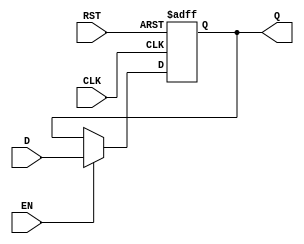
module StoreRegister (
    input wire [N-1:0] D,     // Data input
    input wire CLK,           // Clock signal
    input wire EN,            // Enable signal
    input wire RST,           // Asynchronous reset signal
    output reg [N-1:0] Q      // Data output
);
    parameter N = 8;          // Width of the register (can be modified)

    // Asynchronous reset and capturing logic
    always @(posedge CLK or posedge RST) begin
        if (RST) begin
            Q <= 0;           // Reset the register to 0
        end else if (EN) begin
            Q <= D;           // Capture the input data on CLK edge if EN is high
        end
        // If EN is low, Q retains its previous value
    end

endmodule